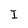
Character: I